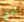
لدي